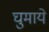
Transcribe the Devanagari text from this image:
घुमाये